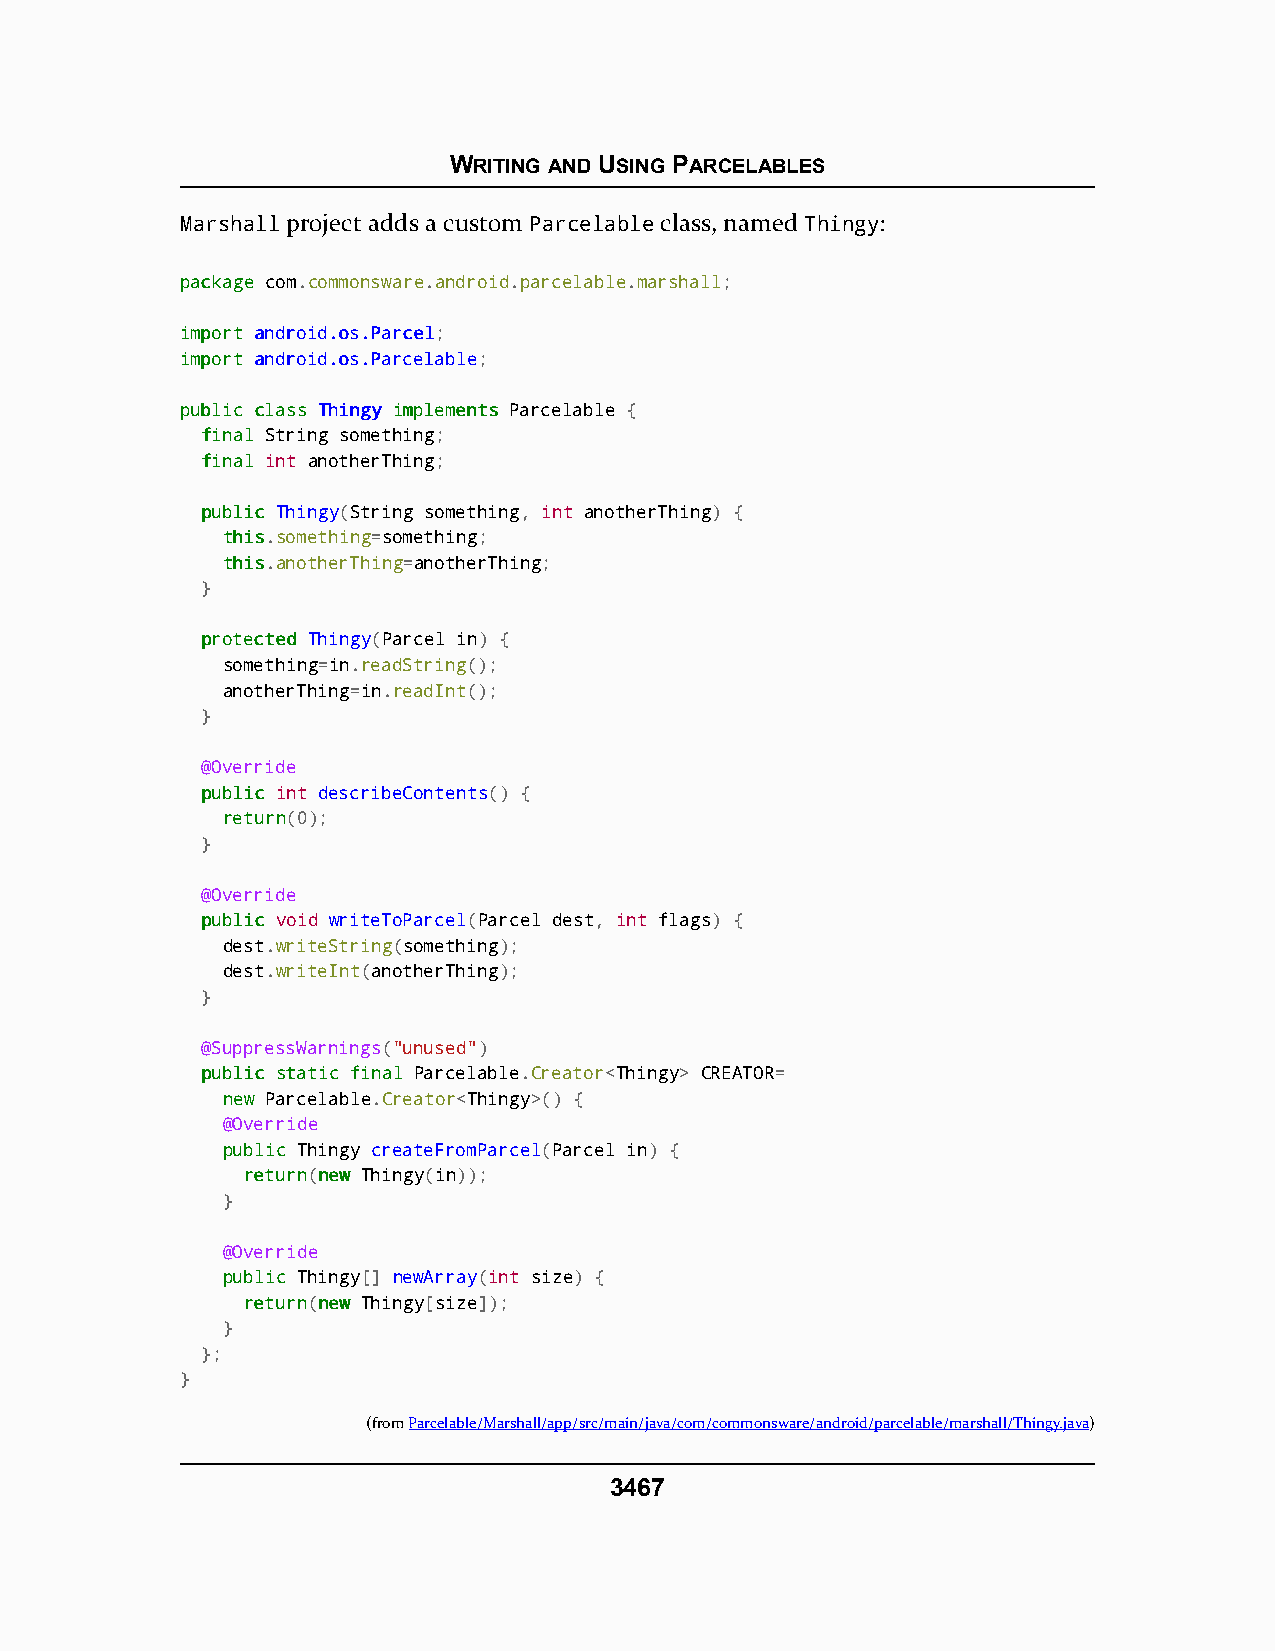
WRITING AND USING PARCELABLES
 Marshall project adds a custom Parcelable class, named Thingy:
 ppaacckkaaggee com.commonsware.android.parcelable.marshall;
 iimmppoorrtt aannddrrooiidd..ooss..PPaarrcceell;
 iimmppoorrtt aannddrrooiidd..ooss..PPaarrcceellaabbllee;
 ppuubblliicc ccllaassss TThhiinnggyy iimmpplleemmeennttss Parcelable {
 ffiinnaall String something;
 ffiinnaall int anotherThing;
 ppuubblliicc Thingy(String something, int anotherThing) {
 tthhiiss.something=something;
 tthhiiss.anotherThing=anotherThing;
 }
 pprrootteecctteedd Thingy(Parcel in) {
 something=in.readString();
 anotherThing=in.readInt();
 }
 @Override
 ppuubblliicc int describeContents() {
 rreettuurrnn(0);
 }
 @Override
 ppuubblliicc void writeToParcel(Parcel dest, int flags) {
 dest.writeString(something);
 dest.writeInt(anotherThing);
 }
 @SuppressWarnings("unused")
 ppuubblliicc ssttaattiicc ffiinnaall Parcelable.Creator<Thingy> CREATOR=
 nneeww Parcelable.Creator<Thingy>() {
 @Override
 ppuubblliicc Thingy createFromParcel(Parcel in) {
 rreettuurrnn(nneeww Thingy(in));
 }
 @Override
 ppuubblliicc Thingy[] newArray(int size) {
 rreettuurrnn(nneeww Thingy[size]);
 }
 };
 }
 (fromParcelable/Marshall/app/src/main/java/com/commonsware/android/parcelable/marshall/Thingy.java)
 3467